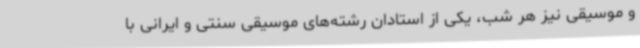
و موسیقی نیز هر شب، یکی از استادان رشته‌های موسیقی سنتی و ایرانی با